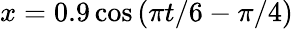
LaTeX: x=0.9\cos{(\pi t/6-\pi/4)}